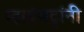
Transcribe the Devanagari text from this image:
म्हाइंभट्टांनी